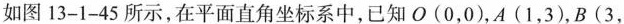
如图13-1-45所示，在平面直角坐标系中，已知0(0，0)，A(1，3)，B(3，